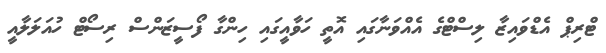
ޓްރިޕް އެޑްވައިޒާ ލިސްޓްގެ އެއްވަނާގައި އޮތީ ހަވާއީގައި ހިންގާ ފޯސީޒަންސް ރިސޯޓް ހުއަލަލާއީ